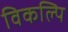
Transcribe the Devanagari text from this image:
विकल्पि